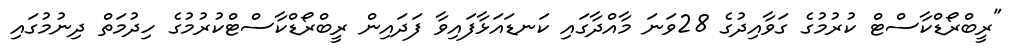
"ރީބްރޯޑްކާސްޓް ކުރުމުގެ ގަވާއިދުގެ 28ވަނަ މާއްދާގައި ކަނޑައަޅާފައިވާ ފަދައިން ރީބްރޯޑްކާސްޓްކުރުމުގެ ހިދުމަތް ދިނުމުގައި